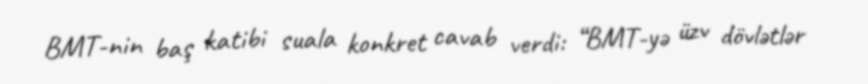
BMT-nin baş katibi suala konkret cavab verdi: “BMT-yə üzv dövlətlər